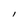
Character: l